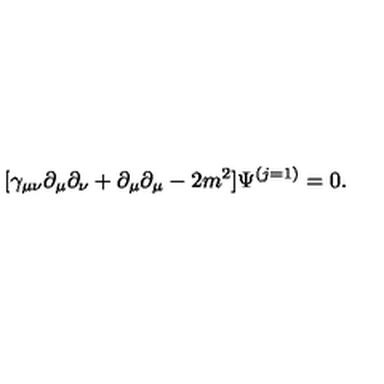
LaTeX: [ \gamma _ { \mu \nu } \partial _ { \mu } \partial _ { \nu } + \partial _ { \mu } \partial _ { \mu } - 2 m ^ { 2 } ] \Psi ^ { ( j = 1 ) } = 0 .